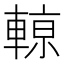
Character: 𨍡